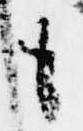
も